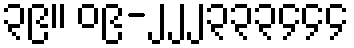
၃၉။ ၀၉-၂၂၂၃၃၃၄၄၄